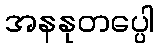
အနနုတပ္ပေါ